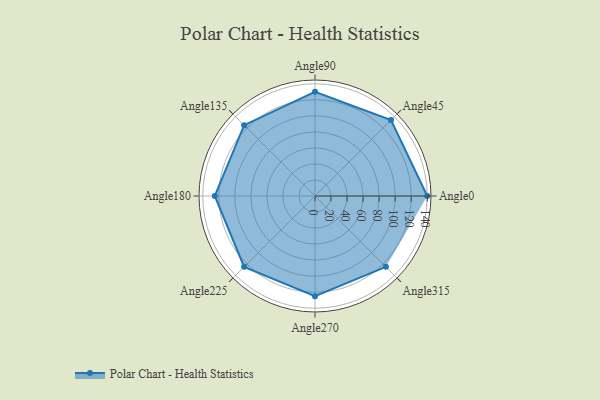
{"axis": {"x": "Angle", "y": "Radius"}, "legend": [""], "data": [{"x": "Angle0", "y": 140.0, "type": ""}, {"x": "Angle45", "y": 134.0, "type": ""}, {"x": "Angle90", "y": 130.0, "type": ""}, {"x": "Angle135", "y": 125.0, "type": ""}, {"x": "Angle180", "y": 125.0, "type": ""}, {"x": "Angle225", "y": 125.0, "type": ""}, {"x": "Angle270", "y": 125.0, "type": ""}, {"x": "Angle315", "y": 125.0, "type": ""}]}